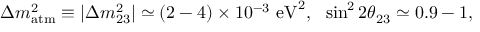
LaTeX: \Delta m _ { \mathrm { a t m } } ^ { 2 } \equiv | \Delta m _ { 2 3 } ^ { 2 } | \simeq ( 2 - 4 ) \times 1 0 ^ { - 3 } \ \mathrm { e V } ^ { 2 } , \ \ \sin ^ { 2 } 2 \theta _ { 2 3 } \simeq 0 . 9 - 1 ,